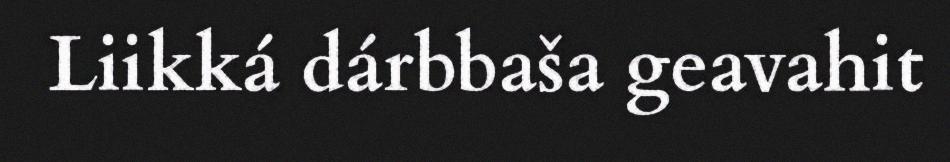
Liikká dárbbaša geavahit